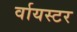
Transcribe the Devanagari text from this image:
र्वायस्टर